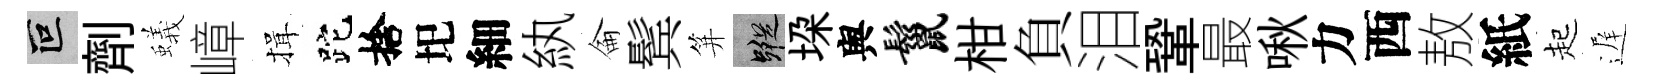
叵劑蟻嶂揖跎捨圯細紈侖鬂笄蹤垜舆鬣柑負泪鞏最啾力西敖紙起遅